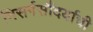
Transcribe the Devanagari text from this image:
निसर्गसौंदर्याची